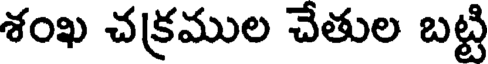
శంఖ చక్రముల చేతుల బట్టి